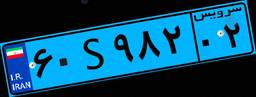
۸۹S۹۴۲۲۷